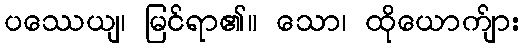
ပဿေယျ၊ မြင်ရာ၏။ သော၊ ထိုယောက်ျား